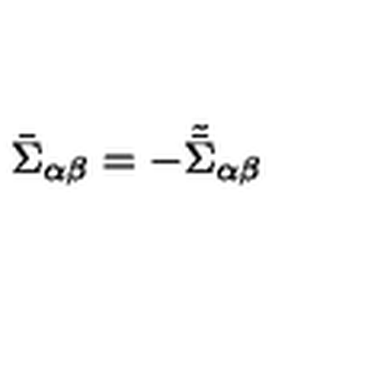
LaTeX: \bar { \Sigma } _ { \alpha \beta } = - \tilde { \bar { \Sigma } } _ { \alpha \beta }